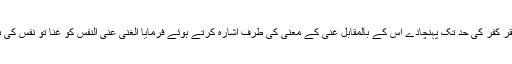
کچھ تعجب نہیں کہ فقر کفر کی حد تک پہنچادے اس کے بالمقابل غنی کے معنی کی طرف اشارہ کرتے ہوئے فرمایا الغنیٰ عنی النفس کو غنا تو نفس کی بے نیازی کا نام ہے۔